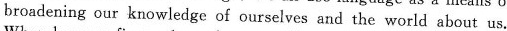
broadening our knowledge of ourselves and the world about us.